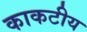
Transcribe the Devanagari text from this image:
काकटीय